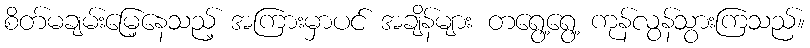
စိတ်မချမ်းမြေ့နေသည့် အကြားမှာပင် အချိန်များ တရွေ့ရွေ့ ကုန်လွန်သွားကြသည်။